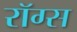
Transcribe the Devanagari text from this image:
रॉग्स